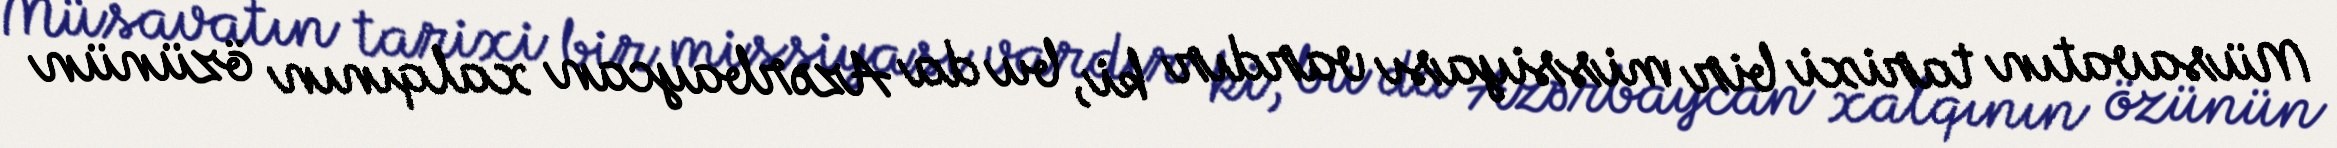
Müsavatın tarixi bir missiyası vardır ki, bu da Azərbaycan xalqının özünün